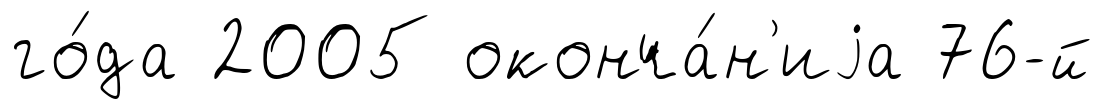
го́да 2005 оконча́н'иjа 76-й